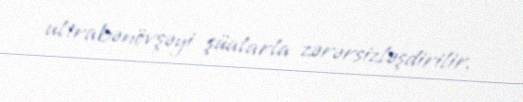
ultrabənövşəyi şüalarla zərərsizləşdirilir.